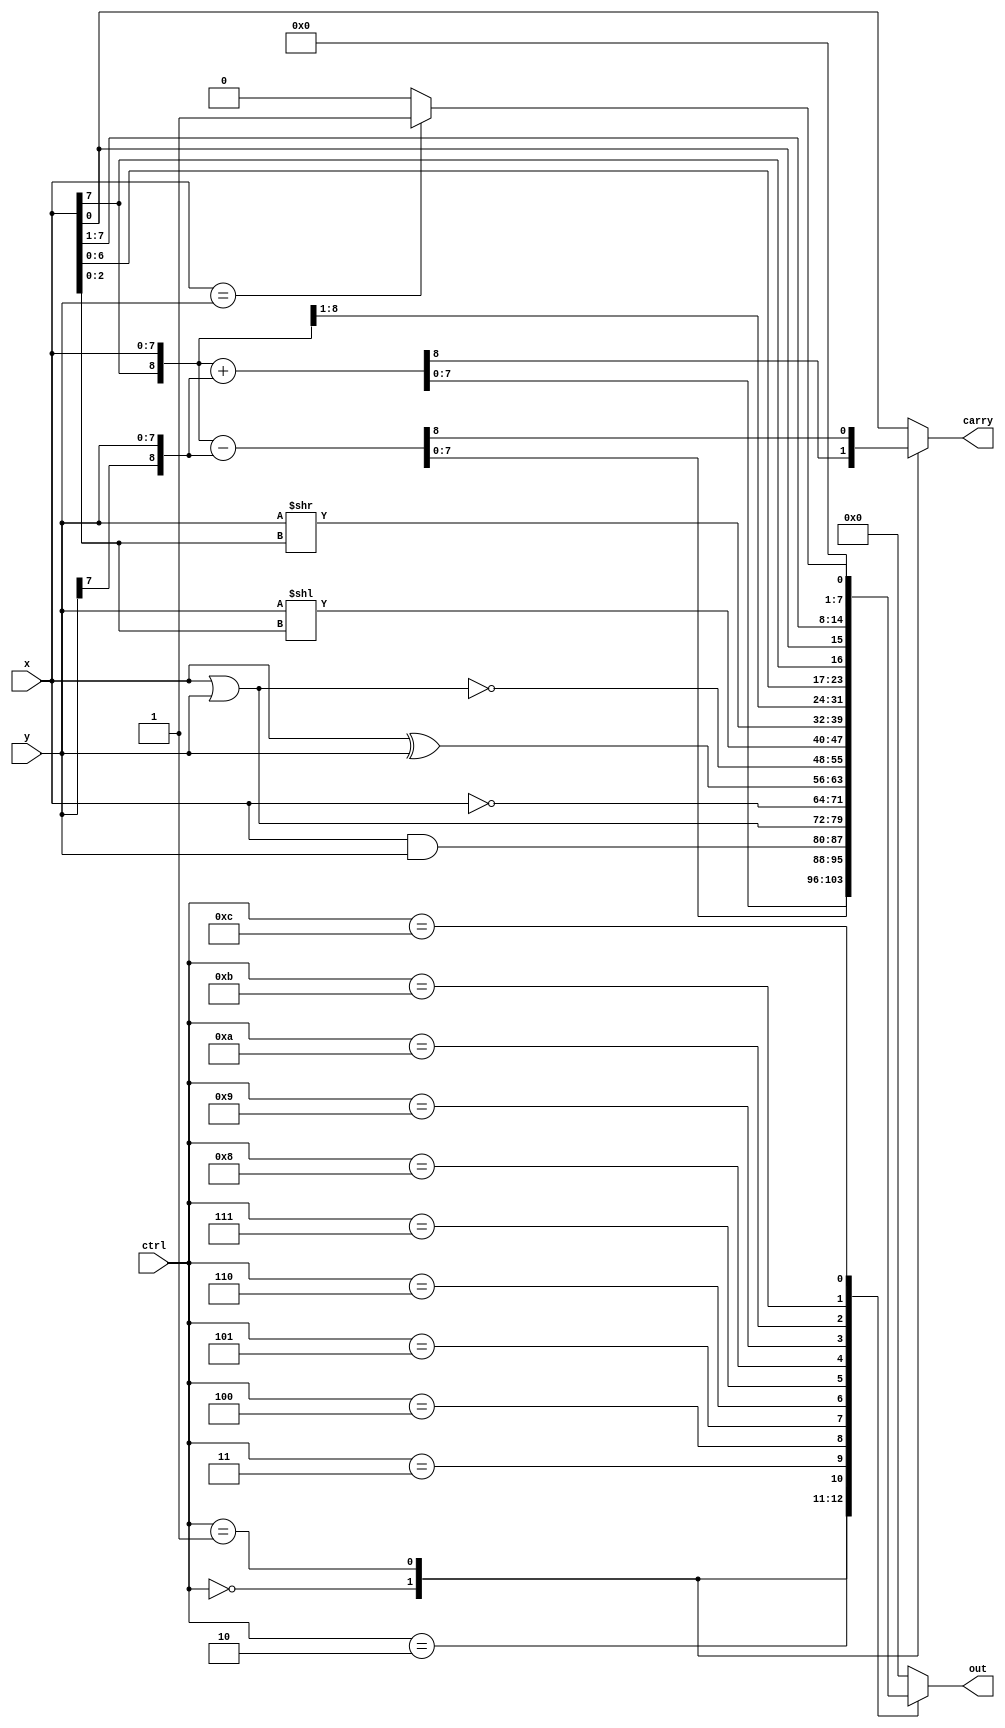
//RT Vlevel (event-driven) 
module alu_always(
    ctrl,
    x,
    y,
    carry,
    out 
);
    
    input  [3:0] ctrl;
    input  [7:0] x;
    input  [7:0] y;
    output reg       carry;
    output reg [7:0] out;
    always @(*) begin
        carry = x;
        case(ctrl)
            4'b0000: {carry,out} = {x[7],x}+{y[7],y};
            4'b0001: {carry,out} = {x[7],x}-{y[7],y};
            4'b0010: out = x&y;
            4'b0011: out = x|y;
            4'b0100: out = ~x;
            4'b0101: out = x^y;
            4'b0110: out = ~(x|y);
            4'b0111: out = y<<x[2:0];
            4'b1000: out = y>>x[2:0];
            4'b1001: out = {x[7],x[7:1]};
            4'b1010: out = {x[6:0],x[7]};
            4'b1011: out = {x[0],x[7:1]};
            4'b1100: out = (x==y)?1:0;
            default: out = 0;
        endcase
    end

endmodule